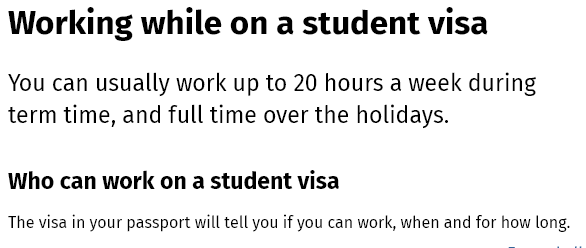
Working    while    on    a  student    visa
  You can  usually  work   up to  20 hours  a week  during
  term  time, and  full time  over  the  holidays.
  Who  can  work   on a student   visa
  The visa in your passport will tell you if you can work, when and for how long.